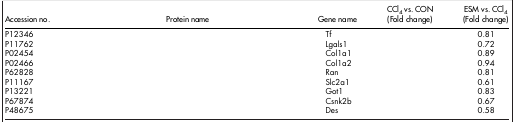
<table><thead><tr><td><b>Accession no.</b></td><td><b>Protein name</b></td><td><b>Gene name</b></td><td><b>CCl<sub>4</sub> vs. CON (Fold change)</b></td><td><b>ESM vs. CCl<sub>4</sub> (Fold change)</b></td></tr></thead><tbody><tr><td>P12346</td><td>[EMPTY_CELL]</td><td>Tf</td><td>[EMPTY_CELL]</td><td>0.81</td></tr><tr><td>P11762</td><td>[EMPTY_CELL]</td><td>Lgals1</td><td>[EMPTY_CELL]</td><td>0.72</td></tr><tr><td>P02454</td><td>[EMPTY_CELL]</td><td>Col1a1</td><td>[EMPTY_CELL]</td><td>0.89</td></tr><tr><td>P02466</td><td>[EMPTY_CELL]</td><td>Col1a2</td><td>[EMPTY_CELL]</td><td>0.94</td></tr><tr><td>P62828</td><td>[EMPTY_CELL]</td><td>Ran</td><td>[EMPTY_CELL]</td><td>0.81</td></tr><tr><td>P11167</td><td>[EMPTY_CELL]</td><td>Slc2a1</td><td>[EMPTY_CELL]</td><td>0.61</td></tr><tr><td>P13221</td><td>[EMPTY_CELL]</td><td>Got1</td><td>[EMPTY_CELL]</td><td>0.83</td></tr><tr><td>P67874</td><td>[EMPTY_CELL]</td><td>Csnk2b</td><td>[EMPTY_CELL]</td><td>0.67</td></tr><tr><td>P48675</td><td>[EMPTY_CELL]</td><td>Des</td><td>[EMPTY_CELL]</td><td>0.58</td></tr></tbody></table>